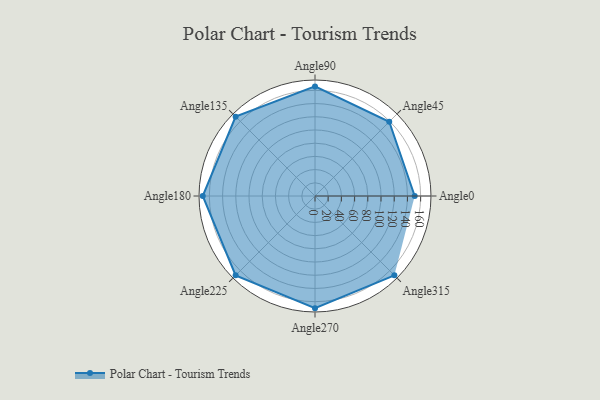
{"axis": {"x": "Angle", "y": "Radius"}, "legend": [""], "data": [{"x": "Angle0", "y": 151.0, "type": ""}, {"x": "Angle45", "y": 159.0, "type": ""}, {"x": "Angle90", "y": 166.0, "type": ""}, {"x": "Angle135", "y": 170.0, "type": ""}, {"x": "Angle180", "y": 170, "type": ""}, {"x": "Angle225", "y": 170, "type": ""}, {"x": "Angle270", "y": 170, "type": ""}, {"x": "Angle315", "y": 170, "type": ""}]}